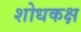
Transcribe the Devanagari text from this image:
शोधकक्ष